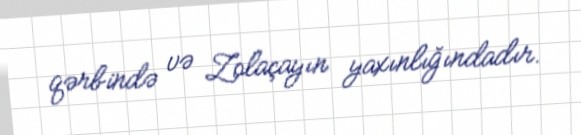
qərbində və Zolaçayın yaxınlığındadır.